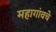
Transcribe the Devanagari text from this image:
महागांवचे